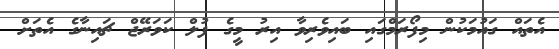
އެތައް ގައުމަކުން މިފޯރަމްގައި ބައިވެރިވާ އިރު މީގެ ފުލް ކަވަރޭޖް ޗައިނާގެ އެތަށް